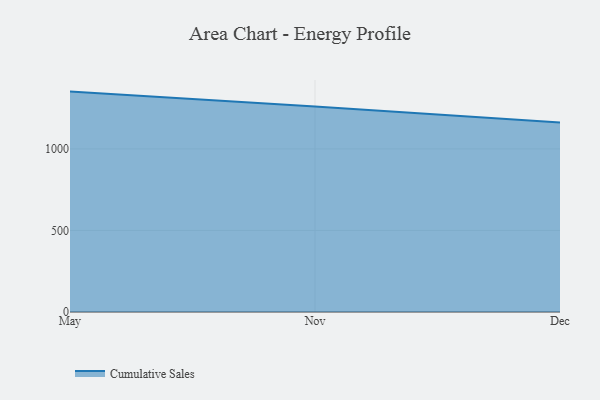
{"axis": {"x": "Month", "y": "Market Share (%)"}, "legend": ["Cumulative Sales"], "data": [{"x": "May", "y": 1351.3, "type": "Cumulative Sales"}, {"x": "Nov", "y": 1259.5, "type": "Cumulative Sales"}, {"x": "Dec", "y": 1161.8, "type": "Cumulative Sales"}]}